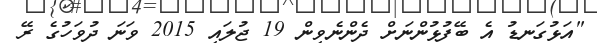
"އަޅުގަނޑު އެ ބޭފުޅުންނަށް ދެންނެވިން 19 ޖުލައި 2015 ވަނަ ދުވަހުގެ ރޭ